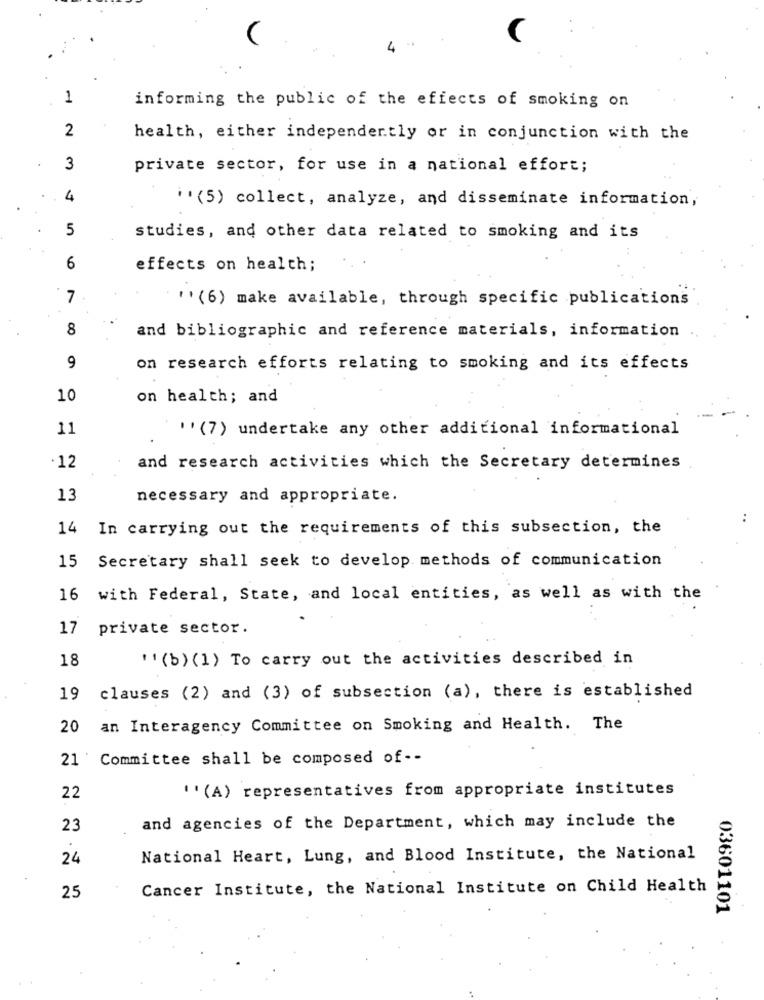
4%
1
informing the public of the effects of smoking on
2
health, either independently or in conjunction with the
3
private sector, for use in a national effort;
4
"(5) collect, analyze, and disseminate information,
5
studies, and other data related to smoking and its
6
effects on health;
7
''(6) make available, through specific publications
8
and bibliographic and reference materials, information
9
on research efforts relating to smoking and its effects
10
on health; and
11
''(7) undertake any other additional informational
.12
and research activities which the Secretary determines
13
necessary and appropriate.
..
14
In carrying out the requirements of this subsection, the
Secretary shall seek to develop methods of communication
15
16 with Federal, State, and local entities, as well as with the
17 private sector.
18
" (b) (1) To carry out the activities described in
19
clauses (2) and (3) of subsection (a), there is established
20
an Interagency Committee on Smoking and Health. The
21 Committee shall be composed of --
''(A) representatives from appropriate institutes
22
and agencies of the Department, which may include the
23
24
National Heart, Lung, and Blood Institute, the National
25
Cancer Institute, the National Institute on Child Health
03601101